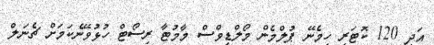
އަދި 120 ކޮޓަރި ހިމެނޭ ޕުލްމެން މޯލްޑިވްސް މާމުޓާ ރިސޯޓް ހުޅުވޭނެކަމަށް ޗެނަލް